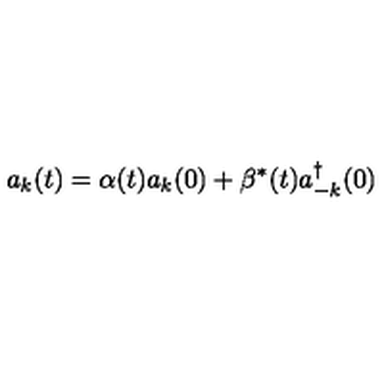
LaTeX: a _ { k } ( t ) = \alpha ( t ) a _ { k } ( 0 ) + \beta ^ { * } ( t ) a _ { - k } ^ { \dagger } ( 0 )